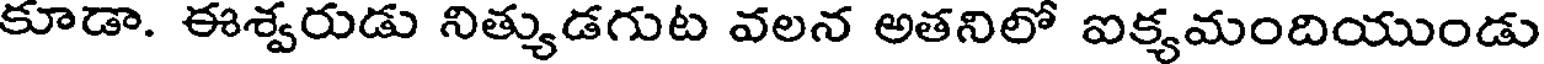
కూడా. ఈశ్వరుడు నిత్యుడగుట వలన అతనిలో ఐక్యమందియుండు